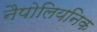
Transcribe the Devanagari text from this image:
नैपोलियनिक